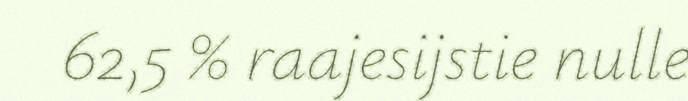
62,5 % raajesijstie nulle